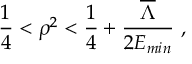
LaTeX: \frac { 1 } { 4 } < \rho ^ { 2 } < \frac { 1 } { 4 } + \frac { \overline { { { \Lambda } } } } { 2 E _ { m i n } } \ ,